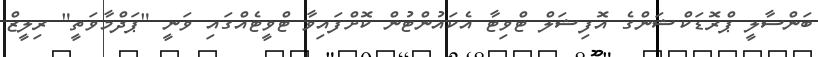
ބަންސާލީ ޕްރޮޑަކްޝަންގެ އޮފިޝަލް ޓްވިޓާ އެކައުންޓުން ކޮށްފައިވާ ޓްވީޓެއްގައި ވަނީ "ޕަދްމާވަތީ" ރިލީޒް